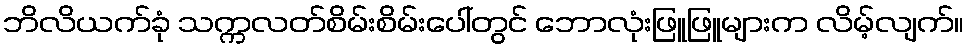
ဘိလိယက်ခုံ သက္ကလတ်စိမ်းစိမ်းပေါ်တွင် ဘောလုံးဖြူဖြူများက လိမ့်လျက်။